Problem: 31 + 35 = ?
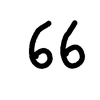
Handwritten answer: 66